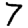
Digit: 7